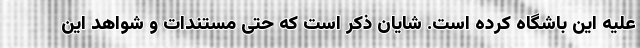
علیه این باشگاه کرده است. شایان ذکر است که حتی مستندات و شواهد این